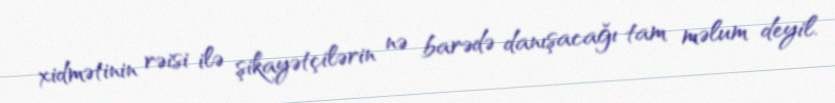
xidmətinin rəisi ilə şikayətçilərin nə barədə danışacağı tam məlum deyil.